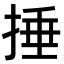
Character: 捶